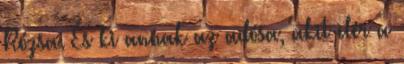
Rózsa. És ki annak az adósa, akit elér a